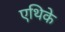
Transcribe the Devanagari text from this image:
एथिके